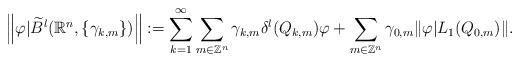
LaTeX: \begin{align*}\left\|\varphi|\widetilde{B}^{l}(\mathbb{R}^{n},\{\gamma_{k,m}\})\right\|:=\sum\limits_{k=1}^{\infty}\sum\limits_{m \in \mathbb{Z}^{n}}\gamma_{k,m}\delta^{l}(Q_{k,m})\varphi+\sum\limits_{m \in \mathbb{Z}^{n}}\gamma_{0,m}\|\varphi|L_{1}( Q_{0,m})\|.\end{align*}